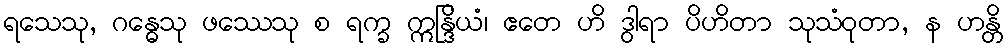
ရသေသု, ဂန္ဓေသု ဖဿေသု စ ရက္ခ ဣန္ဒြိယံ၊ ဧတေ ဟိ ဒွါရာ ပိဟိတာ သုသံဝုတာ, န ဟန္တိ